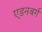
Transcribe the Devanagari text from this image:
एडनबर्ग